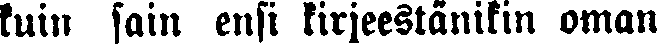
kuin sain ensi kirjeestänikin oman